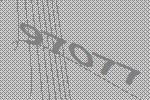
97077